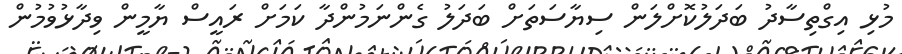
މުޅި އިގްތިސާދު ބަދަލުކޮށްލަން ސިޔާސަތަށް ބަދަލު ގެންނަމުންދާ ކަމަށް ރައީސް ޔާމީން ވިދާޅުވުމުން